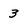
Character: 3